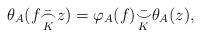
LaTeX: \begin{align*} \theta_A(f \bar{\underset{K}{\frown}} z) = \varphi_A(f) \bar{\underset{K}{\smile}} \theta_A(z),\end{align*}